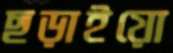
ছড়াইয়ো